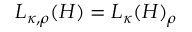
L _ { \kappa , \rho } ( H ) = L _ { \kappa } ( H ) _ { \rho }